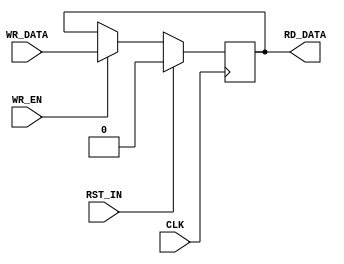
// ----------------------------------------------------------------------
// Copyright (c) 2015, The Regents of the University of California All
// rights reserved.
// 
// Redistribution and use in source and binary forms, with or without
// modification, are permitted provided that the following conditions are
// met:
// 
//     * Redistributions of source code must retain the above copyright
//       notice, this list of conditions and the following disclaimer.
// 
//     * Redistributions in binary form must reproduce the above
//       copyright notice, this list of conditions and the following
//       disclaimer in the documentation and/or other materials provided
//       with the distribution.
// 
//     * Neither the name of The Regents of the University of California
//       nor the names of its contributors may be used to endorse or
//       promote products derived from this software without specific
//       prior written permission.
// 
// THIS SOFTWARE IS PROVIDED BY THE COPYRIGHT HOLDERS AND CONTRIBUTORS
// "AS IS" AND ANY EXPRESS OR IMPLIED WARRANTIES, INCLUDING, BUT NOT
// LIMITED TO, THE IMPLIED WARRANTIES OF MERCHANTABILITY AND FITNESS FOR
// A PARTICULAR PURPOSE ARE DISCLAIMED. IN NO EVENT SHALL REGENTS OF THE
// UNIVERSITY OF CALIFORNIA BE LIABLE FOR ANY DIRECT, INDIRECT,
// INCIDENTAL, SPECIAL, EXEMPLARY, OR CONSEQUENTIAL DAMAGES (INCLUDING,
// BUT NOT LIMITED TO, PROCUREMENT OF SUBSTITUTE GOODS OR SERVICES; LOSS
// OF USE, DATA, OR PROFITS; OR BUSINESS INTERRUPTION) HOWEVER CAUSED AND
// ON ANY THEORY OF LIABILITY, WHETHER IN CONTRACT, STRICT LIABILITY, OR
// TORT (INCLUDING NEGLIGENCE OR OTHERWISE) ARISING IN ANY WAY OUT OF THE
// USE OF THIS SOFTWARE, EVEN IF ADVISED OF THE POSSIBILITY OF SUCH
// DAMAGE.
// ----------------------------------------------------------------------
//----------------------------------------------------------------------------
// Version:				1.00
// Verilog Standard:	Verilog-2001
// Description:         A simple parameterized register
//-----------------------------------------------------------------------------
`timescale 1ns/1ns
module register
    #(parameter C_WIDTH = 1,
      parameter C_VALUE = 0
      )
    (input CLK,
     input                RST_IN,
     output [C_WIDTH-1:0] RD_DATA,
     input [C_WIDTH-1:0]  WR_DATA,
     input                WR_EN
     );

    reg [C_WIDTH-1:0]     rData;

    assign RD_DATA = rData;
    always @(posedge CLK) begin
        if(RST_IN) begin
            rData <= C_VALUE;
        end else if(WR_EN) begin
            rData <= WR_DATA;
        end 
    end

endmodule